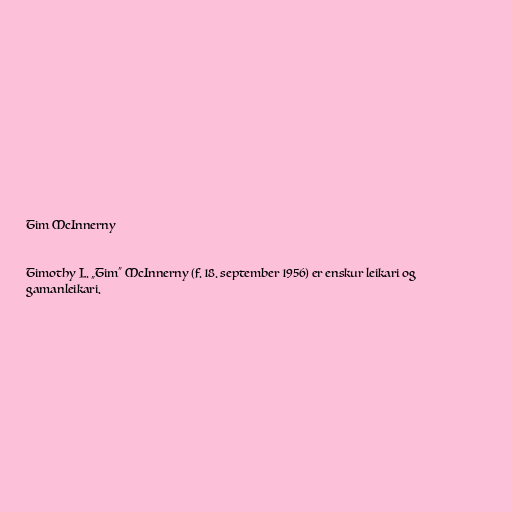
Tim McInnerny

Timothy L. „Tim“ McInnerny (f. 18. september 1956) er enskur leikari og
gamanleikari.